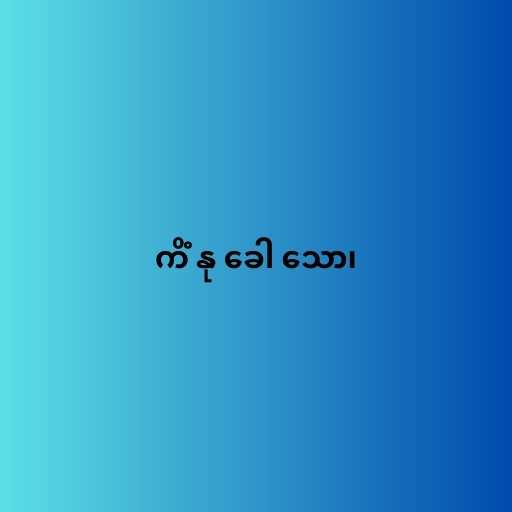
ကိံ နု ခေါ သော၊